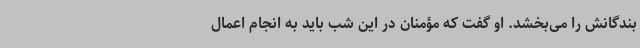
بندگانش را می‌بخشد. او گفت که مؤمنان در این شب باید به انجام اعمال